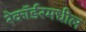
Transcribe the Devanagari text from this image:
रेकॉर्डरमधील